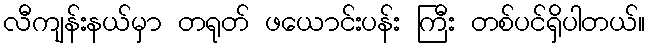
လီကျန်းနယ်မှာ တရုတ် ဖယောင်းပန်း ကြီး တစ်ပင်ရှိပါတယ်။